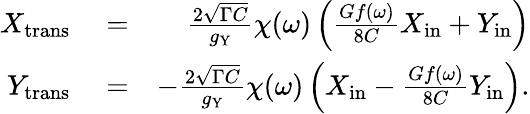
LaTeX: \begin{array}{rlr}{X_{\mathrm{trans}}}&{{}=}&{\frac{2\sqrt{\Gamma C}}{g_{\mathrm{Y}}}\chi(\omega)\left(\frac{Gf(\omega)}{8C}X_{\mathrm{in}}+Y_{\mathrm{in}}\right)}\\ {Y_{\mathrm{trans}}}&{{}=}&{-\frac{2\sqrt{\Gamma C}}{g_{\mathrm{Y}}}\chi(\omega)\left(X_{\mathrm{in}}-\frac{Gf(\omega)}{8C}Y_{\mathrm{in}}\right).}\end{array}